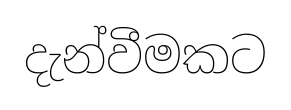
දැන්වීමකට